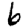
Digit: 6